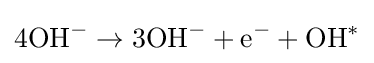
4\mathrm {OH} ^{-}\rightarrow 3\mathrm {OH} ^{-}+\mathrm {e} ^{-}+\mathrm {OH} ^{*}